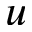
u